Riigikantselei, lk 18
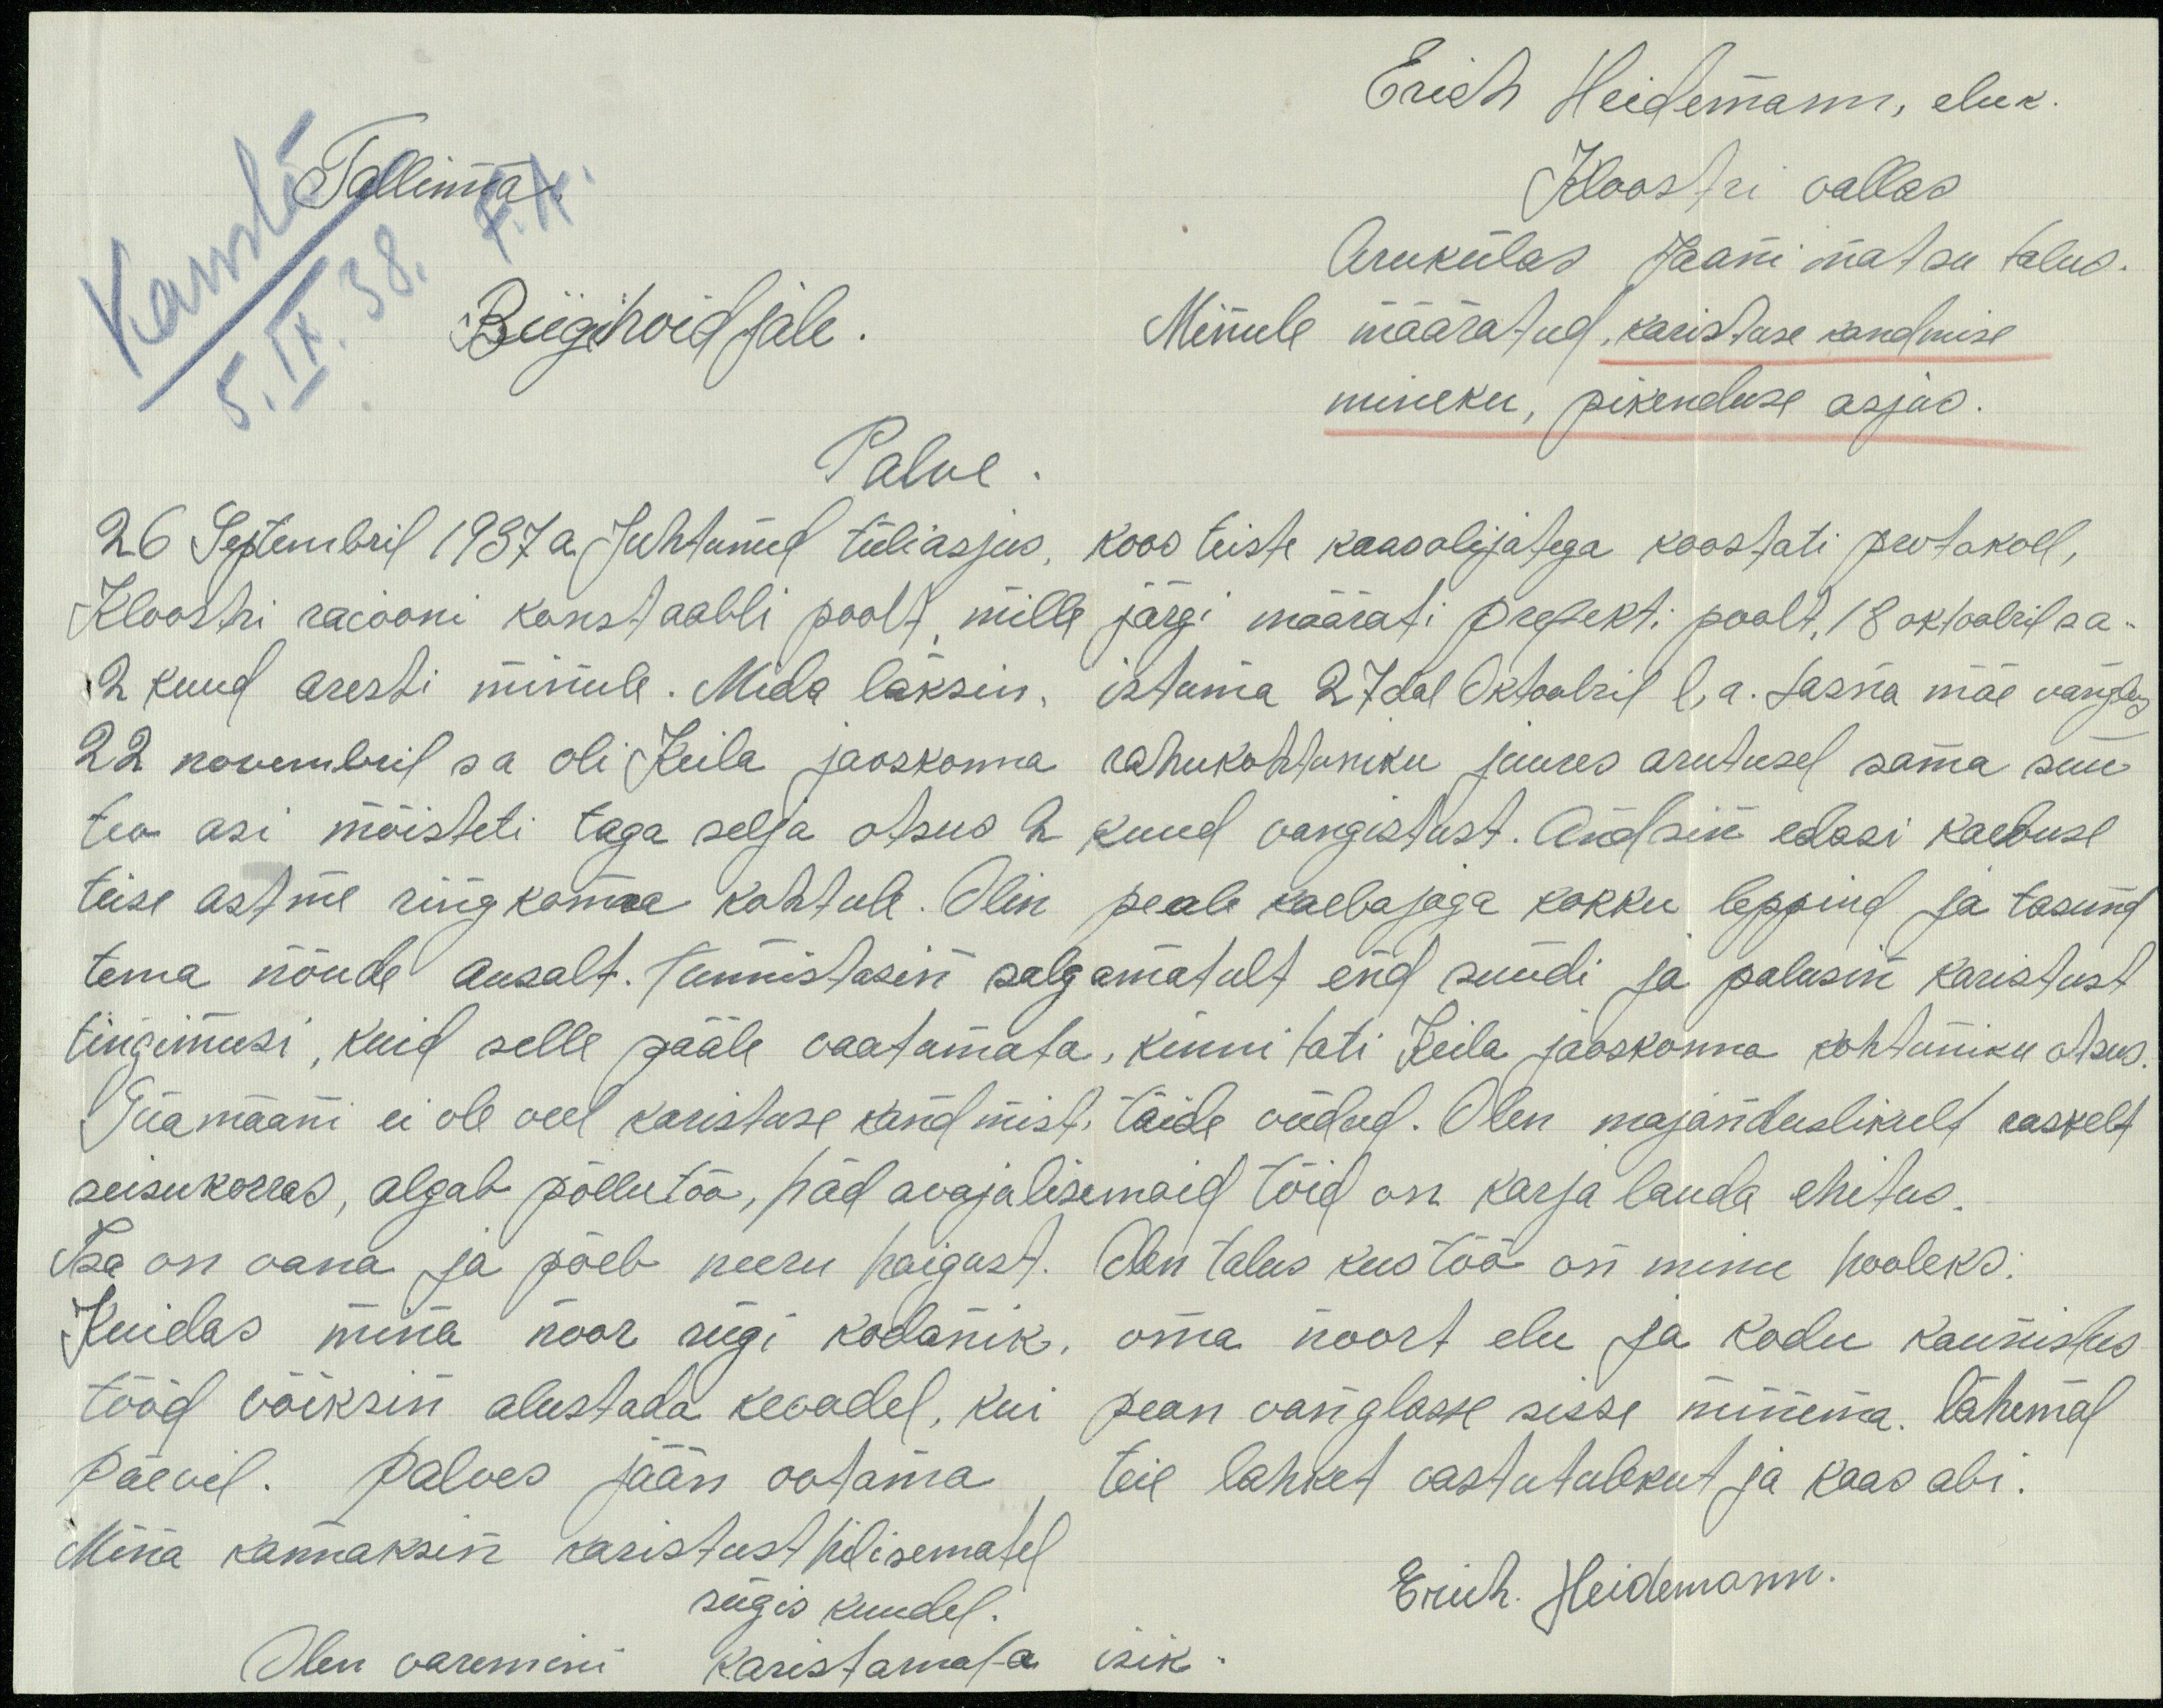
Erich Heidemann, eluk.
Tallinna
Kloostri vallas
Arukülas Jaani matsu talus.
5. IX. 38.
Riigihoidjale.
Minule määratud, karistuse kandmise
mineku, pikenduse asjus.
Palve.
26 Septembril 1937 a. juhtunud tüliasjus. Koos teiste kaasolijatega koostati protokoll,
Kloostri raiooni konstaabli poolt, mille järgi määrati prefekti poolt 18 oktoobril sa
2 kuud aresti minule. Mida läksin, istuma 27dal Oktoobril l.a. Lasna mäe vanglas
22 novembril s a oli Keila jaoskonna rahukohtuniku juures arutusel sama süü-
teo asi mõisteti taga selja otsus 2 kuud vangistust. Andsin edasi kaebuse
teise astme ringkonna kohtule. Olin peale kaebajaga kokku leppind ja tasund
tema nõude ausalt. Tunnistasin salgamatult end süüdi ja palusin karistust
tingimusi, kuid selle pääle vaatamata, kinnitati Keila jaoskonna kohtuniku otsus.
Siiamaani ei ole veel karistuse kandmist, täide viidud. Olen majanduslikult raskelt
seisukorras, algab põllutöö, hädavajalisemaid töid on karja lauda ehitus.
Isa on vana ja põeb neeru haigust. Olen talus kus töö on minu hooleks.
Kuidas mina noor riigi kodanik, oma noort elu ja kodu kaunistus
tööd võiksin alustada kevadel, kui pean vanglasse sisse minema. lähemal
päevil. Palves jään ootama teie lahket vastutulekut ja kaas abi.
Mina kannaksin karistust hilisematel
sügis kuudel.
Erich. Heidemann.
Olen varemini karistamata isik.